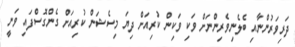
ދަރިވަރުންނާއި ބެލެނިވެރިންނަށް ވަކި ވަކިން ކުރިއަށް ދިޔަ މިސެޝަން ކުރިއަށް ގެންގޮސްފައި ވަނީ